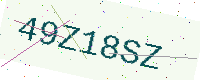
Text: 49Z18SZ